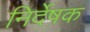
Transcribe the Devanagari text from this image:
निर्देषक